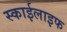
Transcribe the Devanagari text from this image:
स्काईलाइफ